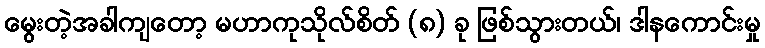
မွေးတဲ့အခါကျတော့ မဟာကုသိုလ်စိတ် (၈) ခု ဖြစ်သွားတယ်၊ ဒါနကောင်းမှု